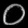
Digit: ၀